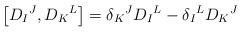
\begin{align*}\left[ D_I{}^J,D_K{}^L \right] = \delta_K{}^J D_I{}^L - \delta_I{}^LD_K{}^J\end{align*}